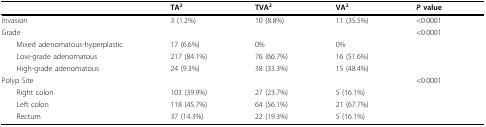
|  | TA2 | TVA2 | VA2 | P value |
 | --- | --- | --- | --- | --- |
 | Invasion | 3 (1.2%) | 10 (8.8%) | 11 (35.5%) | < 0.0001 |
 | Grade |  |  |  | < 0.0001 |
 | Mixed adenomatous-hyperplastic | 17 (6.6%) | 0% | 0% |  |
 | Low-grade adenomatous | 217 (84.1%) | 76 (66.7%) | 16 (51.6%) |  |
 | High-grade adenomatous | 24 (9.3%) | 38 (33.3%) | 15 (48.4%) |  |
 | Polyp Site |  |  |  | < 0.0001 |
 | Right colon | 103 (39.9%) | 27 (23.7%) | 5 (16.1%) |  |
 | Left colon | 118 (45.7%) | 64 (56.1%) | 21 (67.7%) |  |
 | Rectum | 37 (14.3%) | 22 (19.3%) | 5 (16.1%) |  |